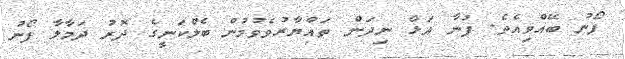
ފޯނު ބޭއްވިއެވެ. ފުނާ އަޅާ ނިދަން ތައްޔާރުވެވުމުން ބެލްކަނީގެ ދޮރު ދަމާލާ ފޯނު